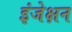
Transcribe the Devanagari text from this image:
इंजेक्षन